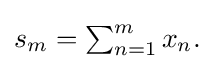
{\textstyle s_{m}=\sum _{n=1}^{m}x_{n}.}